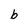
Character: e